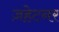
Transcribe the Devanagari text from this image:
ज़हेटनर